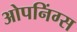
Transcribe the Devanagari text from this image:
ओपनिंग्स